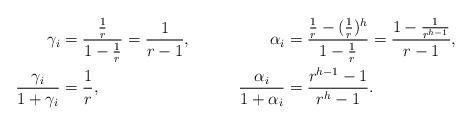
LaTeX: \begin{align*}\gamma_i&=\frac{\frac1r}{1-\frac1r}=\frac1{r-1},&\alpha_i&=\frac{\frac1r-(\frac1r)^h}{1-\frac1r}=\frac{1-\frac1{r^{h-1}}}{r-1},\\\frac{\gamma_i}{1+\gamma_i}&=\frac 1r,&\frac{\alpha_i}{1+\alpha_i}&=\frac{r^{h-1}-1}{r^h-1}.\end{align*}